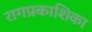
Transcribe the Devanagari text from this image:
रागप्रकाशिका